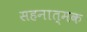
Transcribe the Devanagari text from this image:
सहनात्मक